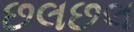
છલછલ